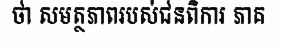
ថា សមត្ថភាពរបស់ជនពិការ ភាគ